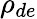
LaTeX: \rho_{de}